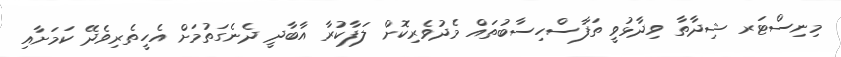
މިނިސްޓަރ ޝިދާތާ ވިދާޅުވީ ތަފާސްހިސާބުތައް މެދުވެރިކޮށް ލަފާކުރާ އާބާދީ ދެނެގަތުމަށް އެހީތެރިވެދޭ ކަމަށާއި